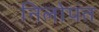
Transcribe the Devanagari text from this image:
निलोपंत